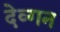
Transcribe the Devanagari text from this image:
देव्गन